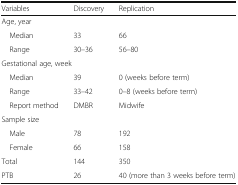
| Variables | Discovery | Replication |
 | --- | --- | --- |
 | <COLSPAN=3> Age, year |
 | Median | 33 | 66 |
 | Range | 30–36 | 56–80 |
 | <COLSPAN=3> Gestational age, week |
 | Median | 39 | 0 (weeks before term) |
 | Range | 33–42 | 0–8 (weeks before term) |
 | Report method | DMBR | Midwife |
 | <COLSPAN=3> Sample size |
 | Male | 78 | 192 |
 | Female | 66 | 158 |
 | Total | 144 | 350 |
 | PTB | 26 | 40 (more than 3 weeks before term) |